Civil Veterinary Department Bihar & Orissa reports 1922-29 - 1922-1929
Year: 1922
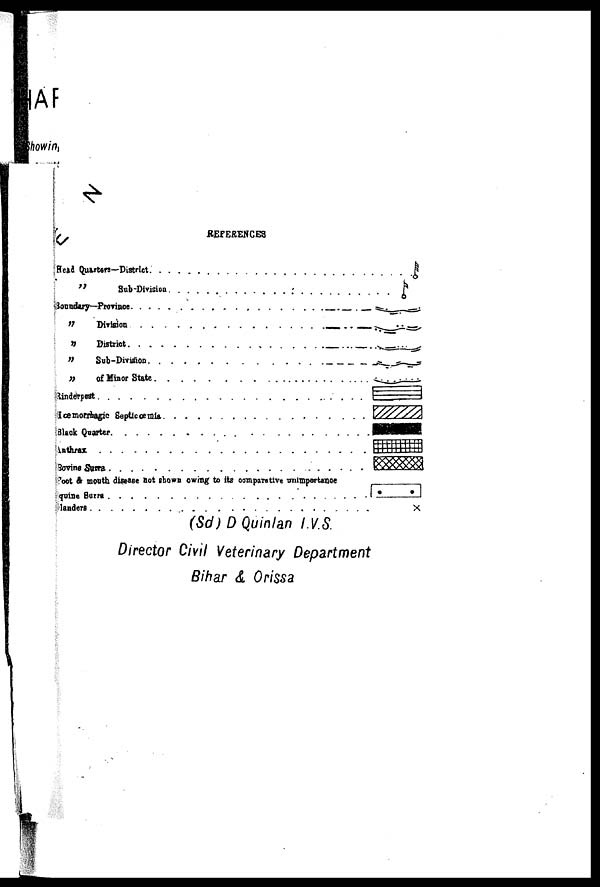
REFERENCES
(Sd) D Quinlan I.V.S.
Director Civil Veterinary Department
Bihar & Orissa